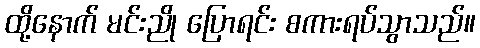
ထို့နောက် မင်းညို ပြောရင်း စကားရပ်သွာသည်။